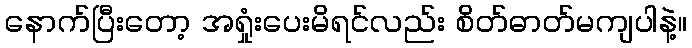
နောက်ပြီးတော့ အရှုံးပေးမိရင်လည်း စိတ်ဓာတ်မကျပါနဲ့။